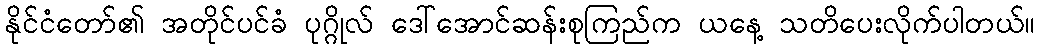
နိုင်ငံတော်၏ အတိုင်ပင်ခံ ပုဂ္ဂိုလ် ဒေါ်အောင်ဆန်းစုကြည်က ယနေ့ သတိပေးလိုက်ပါတယ်။